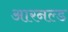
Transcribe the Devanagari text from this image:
आरनल्‍ड